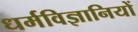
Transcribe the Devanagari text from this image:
धर्मविज्ञानियों